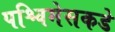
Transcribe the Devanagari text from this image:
पश्चिमेसकडे